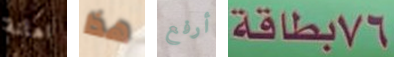
اهانة هذا أرفع 76بطاقة